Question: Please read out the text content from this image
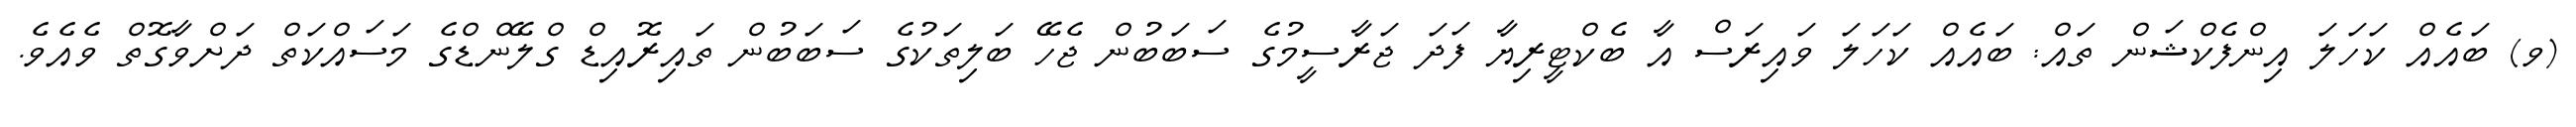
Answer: (ވ) ބައެއް ކަހަލަ އިންފެކްޝަން ތައް: ބައެއް ކަހަލަ ވައިރަސް އާ ބެކްޓީރިޔާ ފަދަ ޖަރާސީމުގެ ސަބަބުން ޖެހޭ ބަލިތަކުގެ ސަބަބުން ތައިރޮއިޑް ގްލޭންޑްގެ މަސައްކަތް ދަށްވާގޮތް ވެއެވެ.